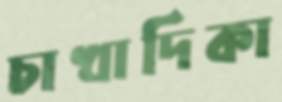
চাখাদিকা